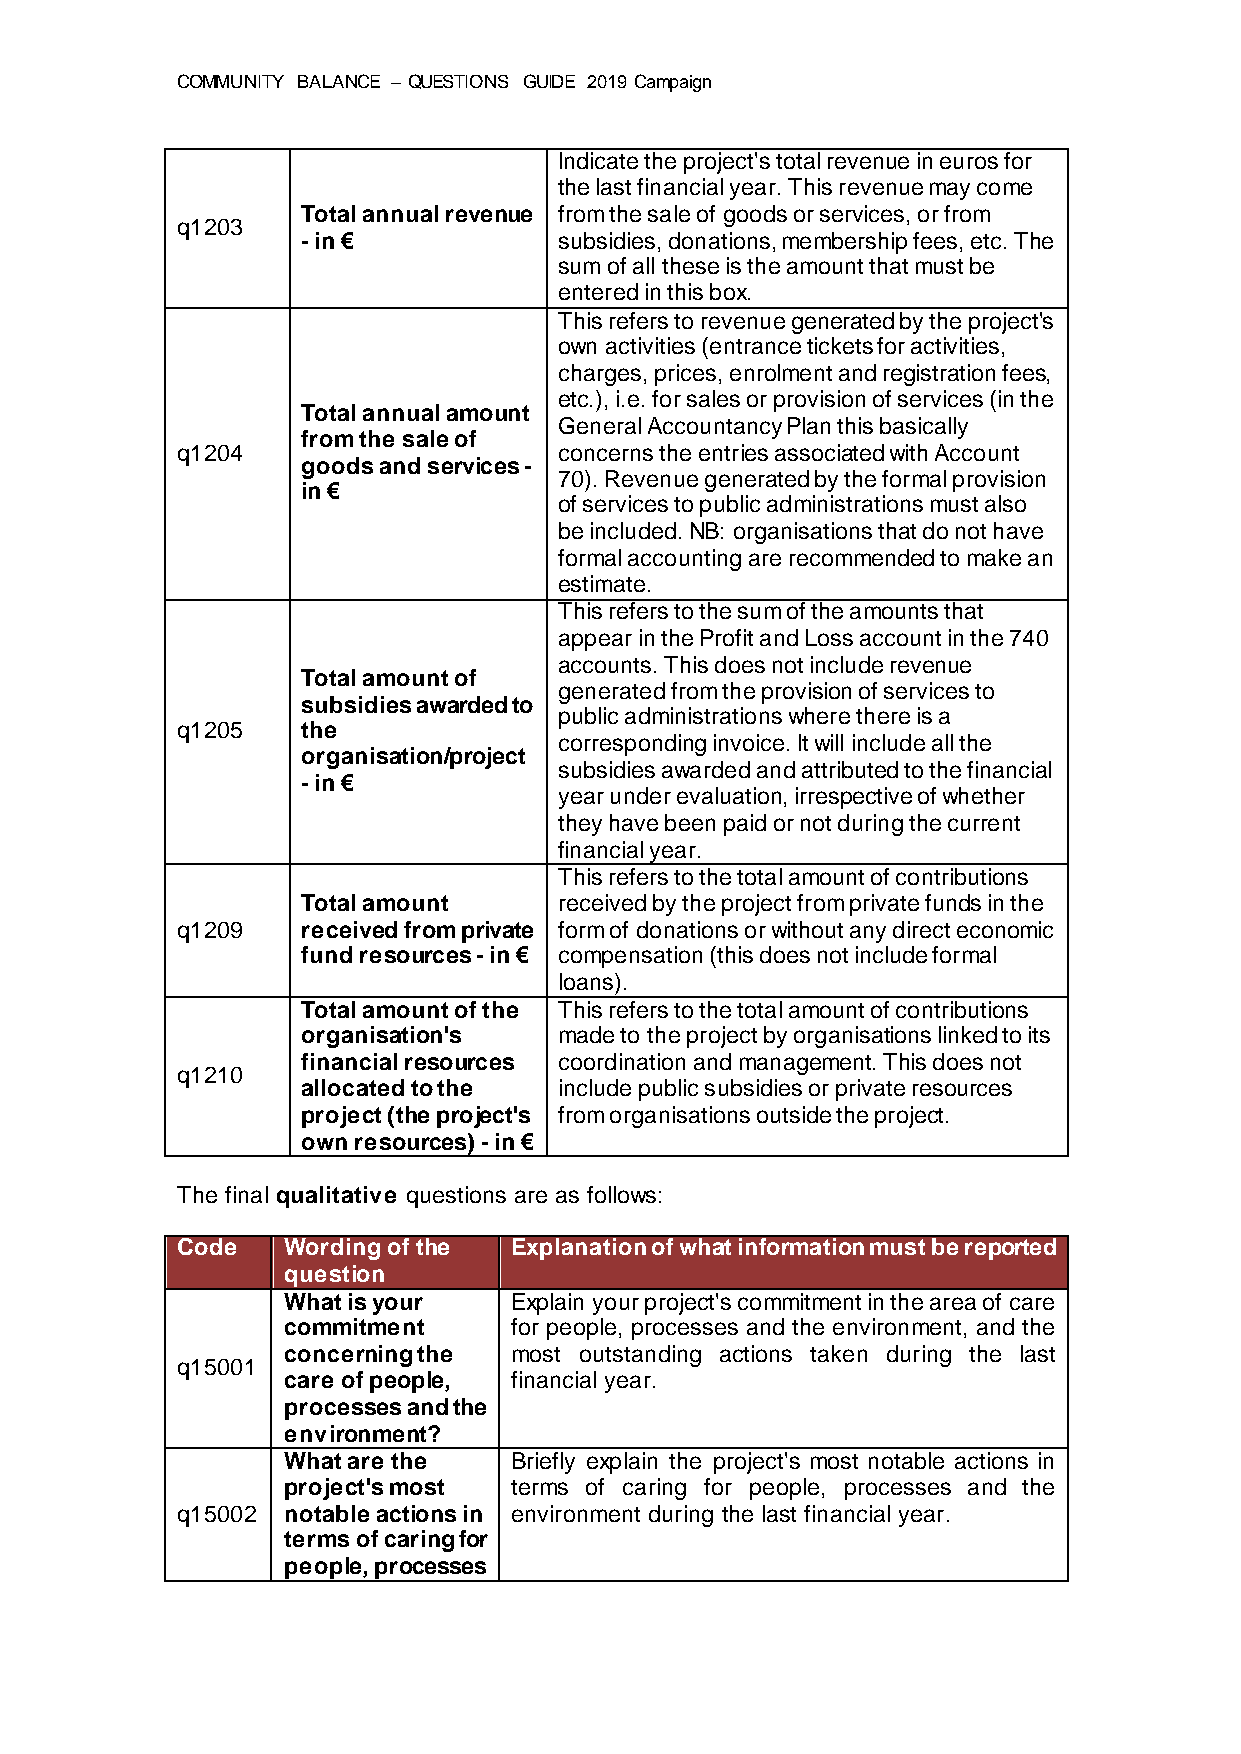
COMMUNITY BALANCE – QUESTIONS GUIDE 2019 Campaign
 Indicate the project's total revenue in euros for
 the last financial year. This revenue may come
 Total annual revenue from the sale of goods or services, or from
 q1203
 - in €           subsidies, donations, membership fees, etc. The
 sum of all these is the amount that must be
 entered in this box.
 This refers to revenue generated by the project's
 own activities (entrance tickets for activities,
 charges, prices, enrolment and registration fees,
 etc.), i.e. for sales or provision of services (in the
 Total annual amount
 General Accountancy Plan this basically
 from the sale of
 q1204                    concerns the entries associated with Account
 goods and services -
 70). Revenue generated by the formal provision
 in €
 of services to public administrations must also
 be included. NB: organisations that do not have
 formal accounting are recommended to make an
 estimate.
 This refers to the sum of the amounts that
 appear in the Profit and Loss account in the 740
 accounts. This does not include revenue
 Total amount of
 generated from the provision of services to
 subsidies awarded to
 public administrations where there is a
 q1205   the
 corresponding invoice. It will include all the
 organisation/project
 subsidies awarded and attributed to the financial
 - in €
 year under evaluation, irrespective of whether
 they have been paid or not during the current
 financial year.
 This refers to the total amount of contributions
 Total amount     received by the project from private funds in the
 q1209   received from private form of donations or without any direct economic
 fund resources - in € compensation (this does not include formal
 loans).
 Total amount of the This refers to the total amount of contributions
 organisation's   made to the project by organisations linked to its
 financial resources coordination and management. This does not
 q1210
 allocated to the include public subsidies or private resources
 project (the project's from organisations outside the project.
 own resources) - in €
 The final qualitative questions are as follows:
 Code   Wording of the Explanation of what information must be reported
 question
 What is your   Explain your project's commitment in the area of care
 commitment     for people, processes and the environment, and the
 concerning the most outstanding actions taken during the last
 q15001
 care of people, financial year.
 processes and the
 environment?
 What are the   Briefly explain the project's most notable actions in
 project's most terms of caring for people, processes and the
 q15002 notable actions in environment during the last financial year.
 terms of caring for
 people, processes